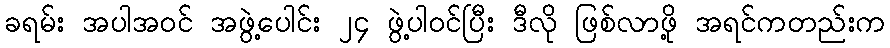
ခရမ်း အပါအဝင် အဖွဲ့ပေါင်း ၂၄ ဖွဲ့ပါဝင်ပြီး ဒီလို ဖြစ်လာဖို့ အရင်ကတည်းက